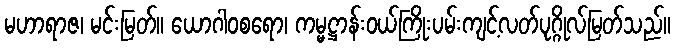
မဟာရာဇ၊ မင်းမြတ်။ ယောဂါဝစရော၊ ကမ္မဋ္ဌာန်းဝယ်ကြိုးပမ်းကျင့်လတ်ပုဂ္ဂိုလ်မြတ်သည်။